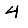
Digit: 4